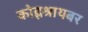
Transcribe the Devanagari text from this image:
कोह्लश्रायबर